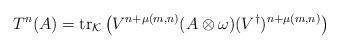
LaTeX: \begin{align*} T^n( A)=\operatorname{tr}_{\mathcal K}\left( V^{n+\mu(m,n)}(A\otimes\omega)(V^\dagger)^{n+\mu(m,n)} \right)\end{align*}